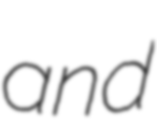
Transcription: and